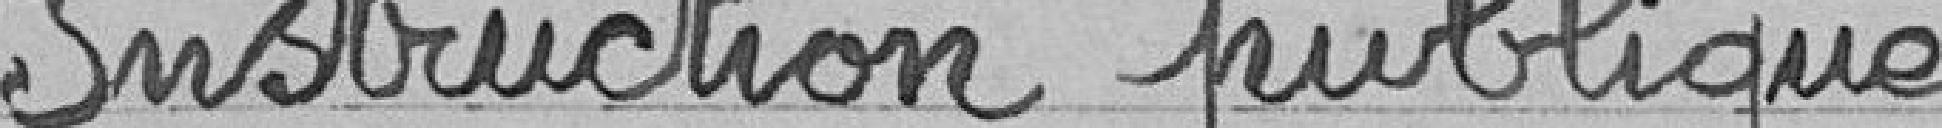
Instruction publique